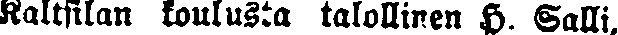
Kaltsilan koulusta talollinen H. Salli,